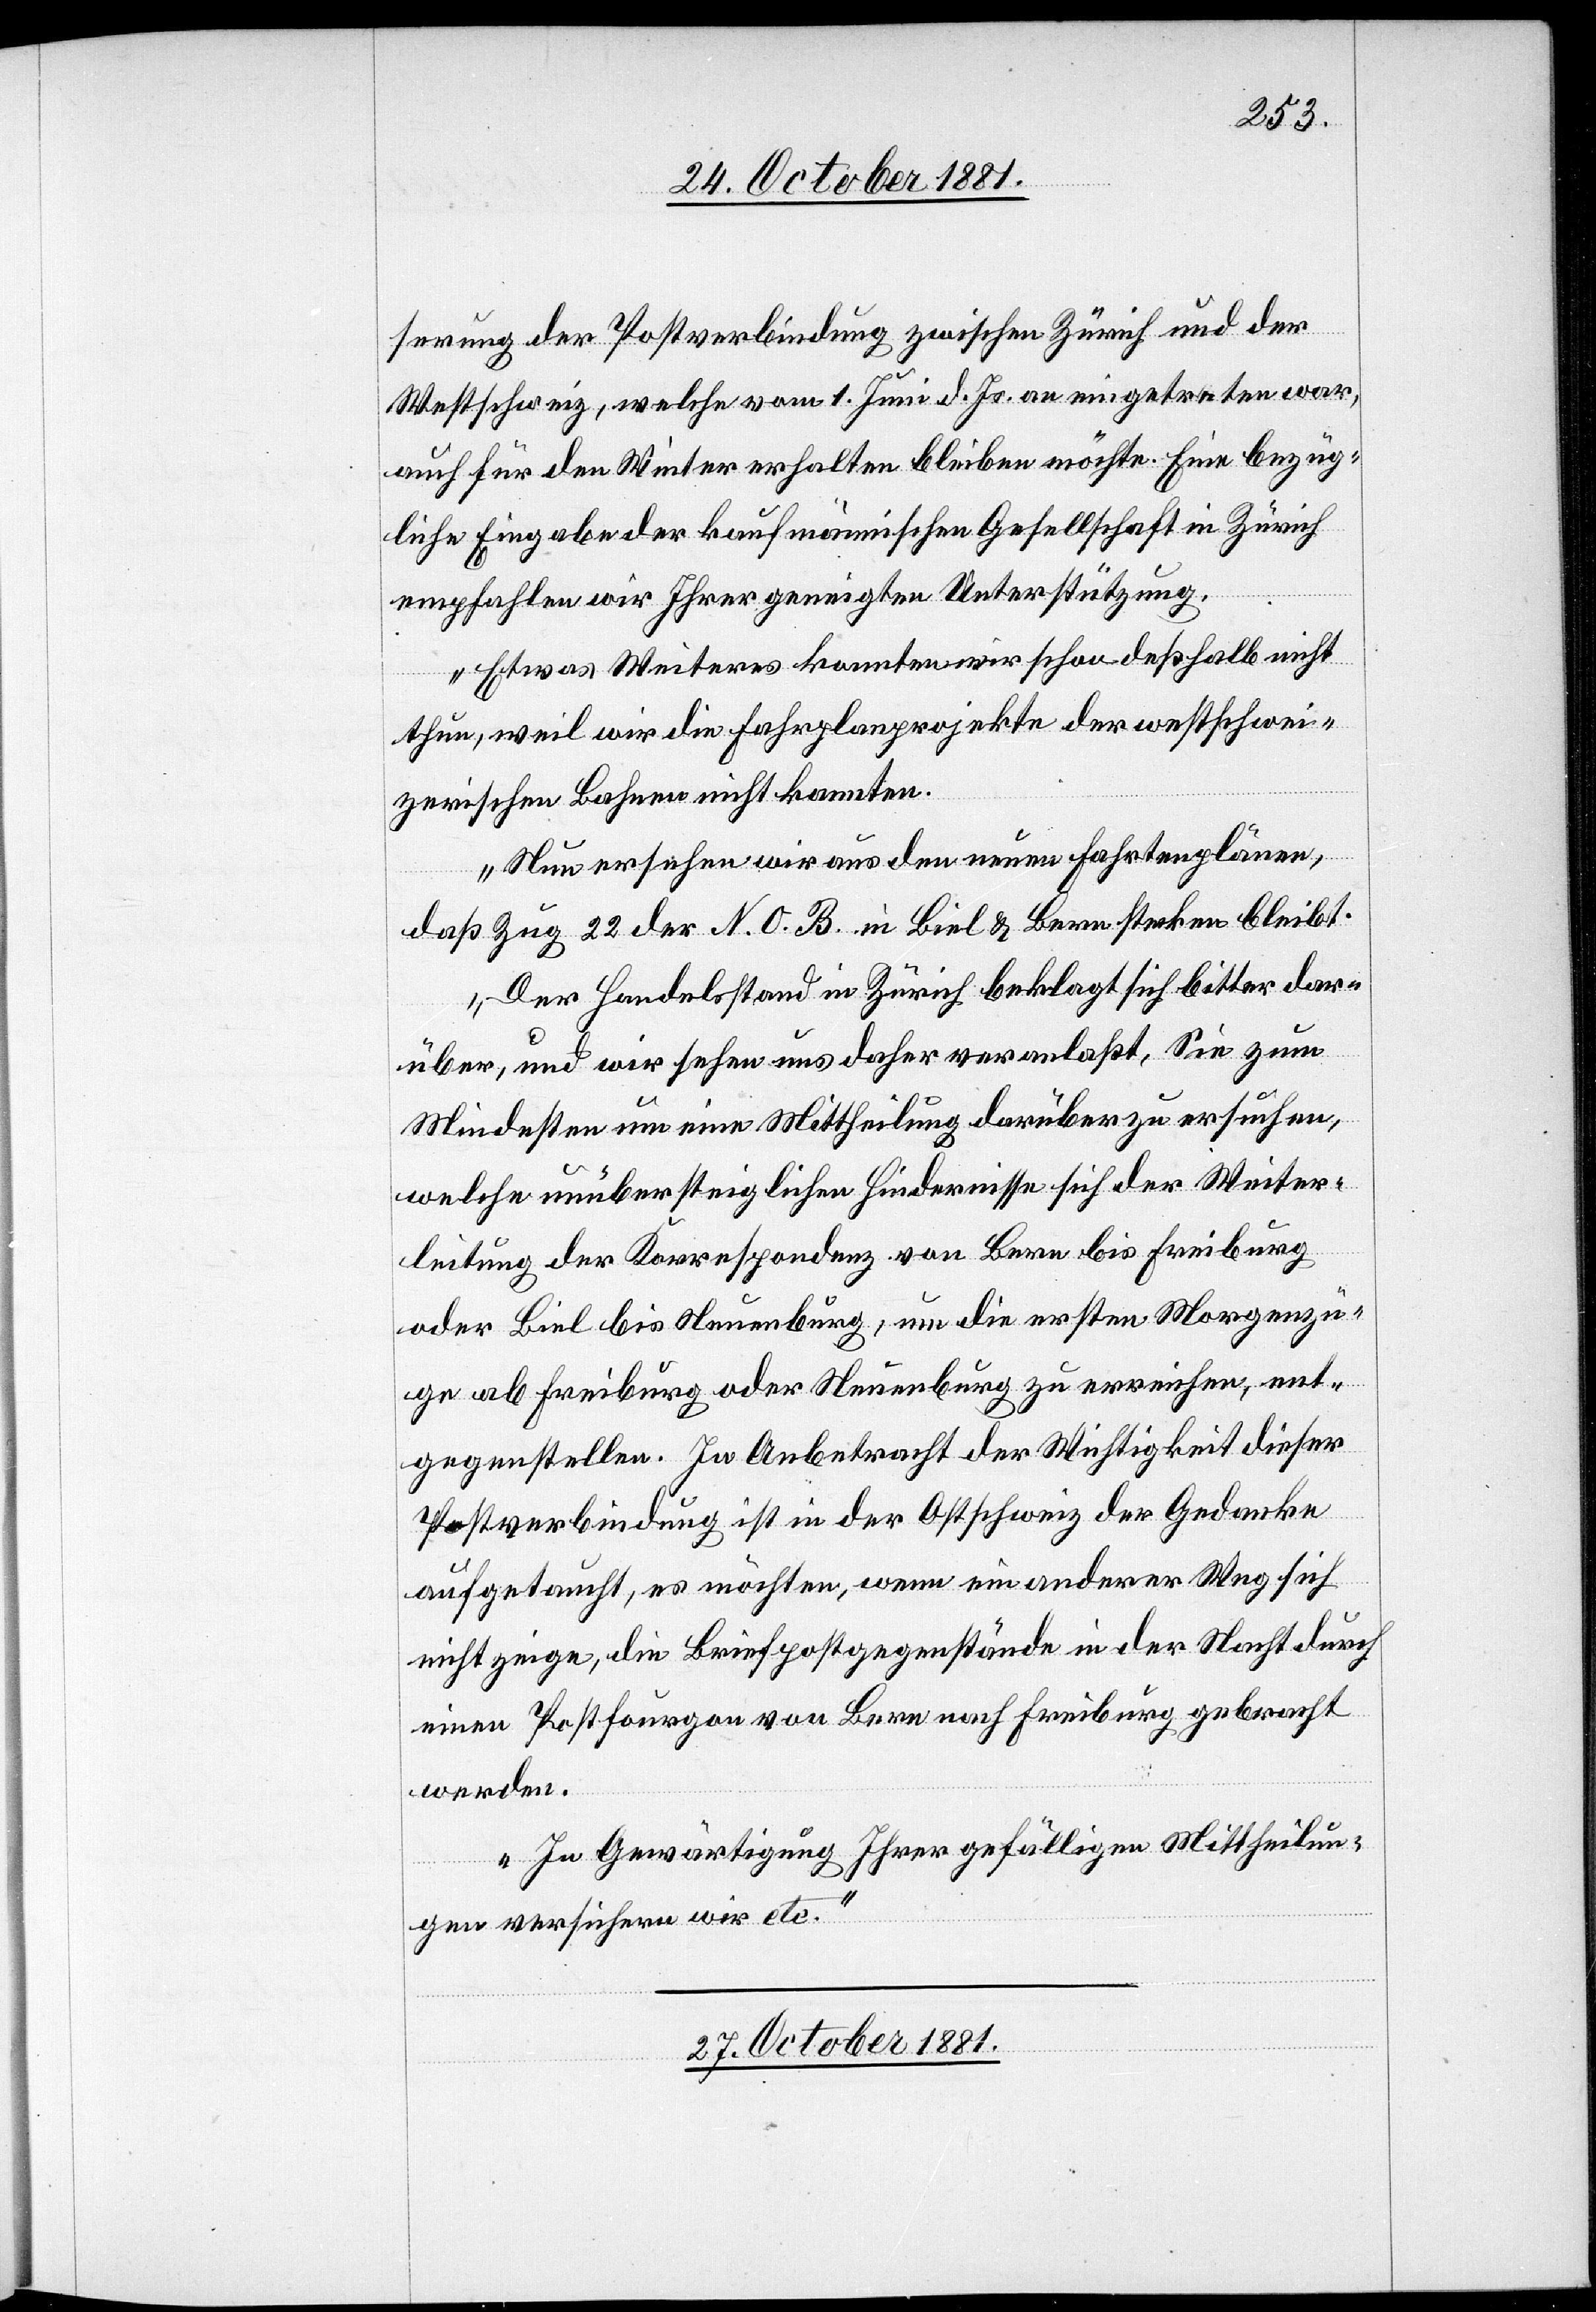
serung der Postverbindung zwischen Zürich und der
Westschweiz, welche vom 1. Juni d. Js. an eingetreten war,
auch für den Winter erhalten bleiben möchte. Eine bezüg¬
liche Eingabe der kaufmännischen Gesellschaft in Zürich
empfahlen wir Ihrer geneigten Unterstützung.
Etwas Weiteres konnten wir schon deßhalb nicht
thun, weil wir die Fahrplanprojekte der westschwei¬
zerischen Bahnen nicht kannten.
Nun ersehen wir aus den neuen Fahrtenplänen,
daß Zug 22 der N.O.B. in Biel & Bern stecken bleibt.
Der Handelsstand in Zürich beklagt sich bitter dar¬
über, und wir sehen uns daher veranlaßt, Sie zum
Mindesten um eine Mittheilung darüber zu ersuchen,
welche unübersteiglichen Hindernisse sich der Weiter¬
leitung der Korrespondenz von Bern bis Freiburg
oder Biel bis Neuenburg, um die ersten Morgenzü¬
ge ab Freiburg oder Neuenburg zu erreichen, ent¬
gegenstellen. In Anbetracht der Wichtigkeit dieser
Postverbindung ist in der Ostschweiz der Gedanke
aufgetaucht, es möchten, wenn ein anderer Weg sich
nicht zeige, die Briefpostgegenstände in der Nacht durch
einen Postfourgon von Bern nach Freiburg gebracht
werden.
In Gewärtigung Ihrer gefälligen Mittheilun¬
gen versichern wir etc.“
27. October 1881.